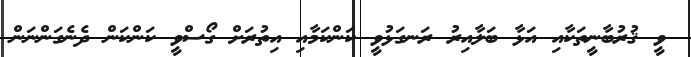
ވީ ޤުރުބާނީތަކާއި އަޅާ ބަލާއިރު ރަނގަޅުވީ ކަންކަމާއި އިތުރަށް ގޯސްވީ ކަންކަން ދެނެގަންނަން